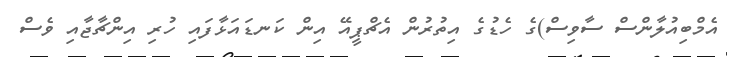
އެމްބިއުލާންސް ސާވިސް)ގެ ހެޑުގެ އިތުރުން އެޗްޕީއޭ އިން ކަނޑައަޅާފައި ހުރި އިންޗާޖާއި ވެސް